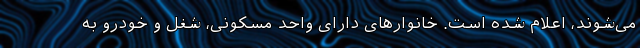
می‌شوند، اعلام شده است. خانوارهای دارای واحد مسکونی، شغل و خودرو به